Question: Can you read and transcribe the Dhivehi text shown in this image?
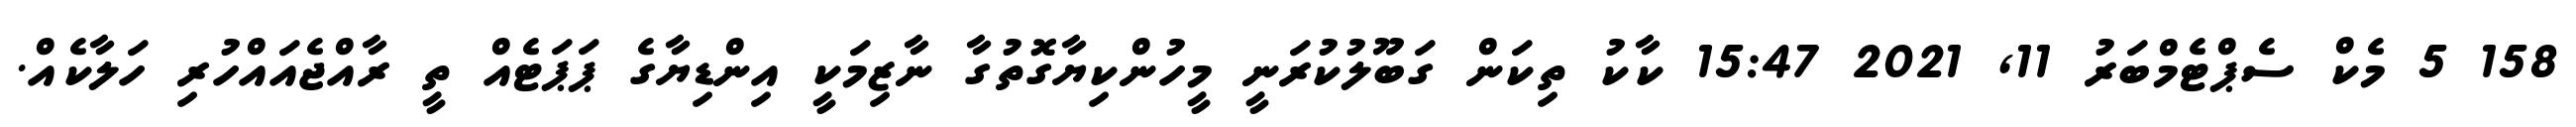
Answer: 158 5 މެކް ސެޕްޓެމްބަރު 11, 2021 15:47 ކާކު ތިކަން ގަބޫލުކުރަނީ މީހުންކިޔާގޮތުގާ ނާޒިމަކީ އިންޑިޔާގެ ޕަޕަޓެއް ތީ ރާއްޖެއައްހުރި ހަލާކެއް.